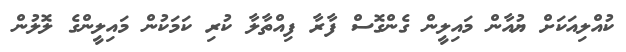
ކުއްލިއަކަށް ޔުއާން މައިލީން ގެންގޮސް ފާރާ ފިއްތާލާ ކުރި ކަމަކުން މައިލީންގެ ލޮލުން